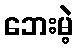
ဘေးမဲ့